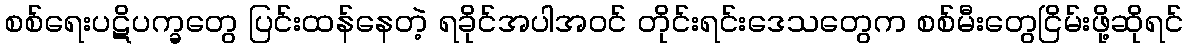
စစ်ရေးပဋိပက္ခတွေ ပြင်းထန်နေတဲ့ ရခိုင်အပါအဝင် တိုင်းရင်းဒေသတွေက စစ်မီးတွေငြိမ်းဖို့ဆိုရင်